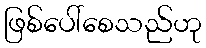
ဖြစ်ပေါ်စေသည်ဟု